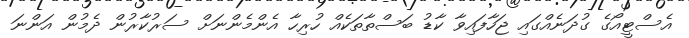
އެސްޓީއޯގެ ގުދަނެއްގައި ޖަހާފައިވާ ކާޑު ބަސްތާތަކެއް ހުރިހާ އެންމެންނަށް ސަރުކާރުން ދެމުން އަންނަ